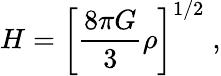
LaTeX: H=\left[\frac{8\pi G}{3}\rho\right]^{1/2}\; ,